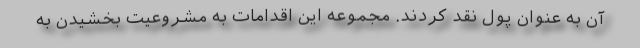
آن به عنوان پول نقد کردند. مجموعه این اقدامات به مشروعیت بخشیدن به